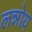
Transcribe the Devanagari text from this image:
लन्नोय